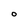
Character: O